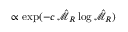
\propto \exp ( - c \, \hat { \mathscr { M } } _ { R } \log \hat { \mathscr { M } } _ { R } )